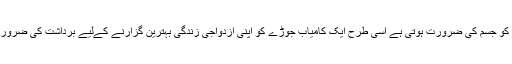
جیسے روح کو جسم کی ضرورت ہوتی ہے اسی طرح ایک کامیاب جوڑے کو اپنی ازدواجی زندگی بہترین گزارنے کےلیے برداشت کی ضرورت ہوتی ہے۔